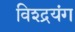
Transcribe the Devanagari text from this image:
विश्द्रयंग